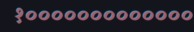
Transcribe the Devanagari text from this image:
१०००००००००००००